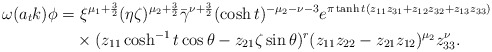
\begin{align*}\omega(a_t k)\phi=& ~\xi^{\mu_1+\frac{3}{2}}(\eta\zeta)^{\mu_2+\frac{3}{2}}\bar{\gamma}^{\nu+\frac{3}{2}}(\cosh t)^{-\mu_2-\nu-3}e^{\pi \tanh t (z_{11}z_{31}+z_{12}z_{32}+z_{13}z_{33})}\\&\times (z_{11}\cosh^{-1}t\cos\theta -z_{21}\zeta\sin\theta)^r(z_{11}z_{22}-z_{21}z_{12})^{\mu_2}z_{33}^\nu.\end{align*}